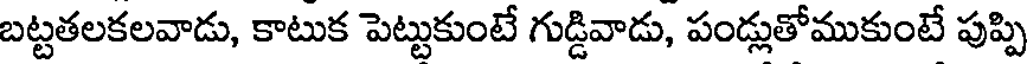
బట్టతలకలవాడు, కాటుక పెట్టుకుంటే గుడ్డివాడు, పండ్లుతోముకుంటే పుప్పి